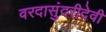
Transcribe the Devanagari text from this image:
वरदासुंदरीदेवी